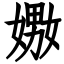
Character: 嫐